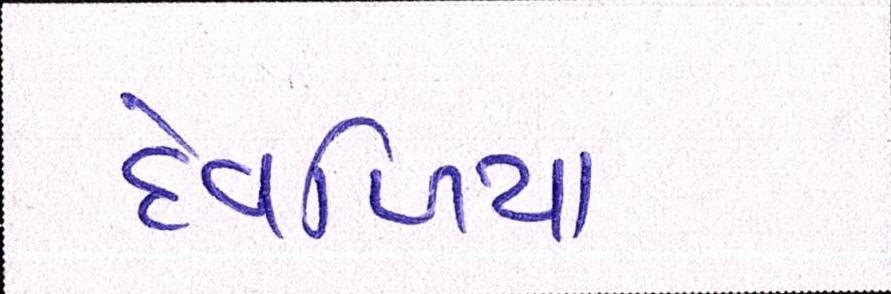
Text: દેવળિયા